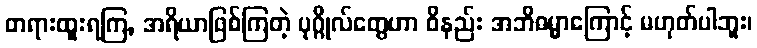
တရားထူးရကြ, အရိယာဖြစ်ကြတဲ့ ပုဂ္ဂိုလ်တွေဟာ ဝိနည်း အဘိဓမ္မာကြောင့် မဟုတ်ပါဘူး၊